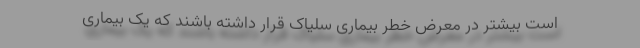
است بیشتر در معرض خطر بیماری سلیاک قرار داشته باشند که یک بیماری